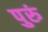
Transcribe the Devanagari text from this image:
पुरुं